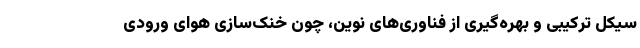
سیکل ترکیبی و بهره‌گیری از فناوری‌های نوین، چون خنک‌سازی هوای ورودی